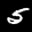
Label: 5